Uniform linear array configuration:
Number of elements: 16
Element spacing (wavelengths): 0.5
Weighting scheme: kaiser
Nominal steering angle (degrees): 60
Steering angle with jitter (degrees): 61.651
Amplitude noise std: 0.05
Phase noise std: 0.05

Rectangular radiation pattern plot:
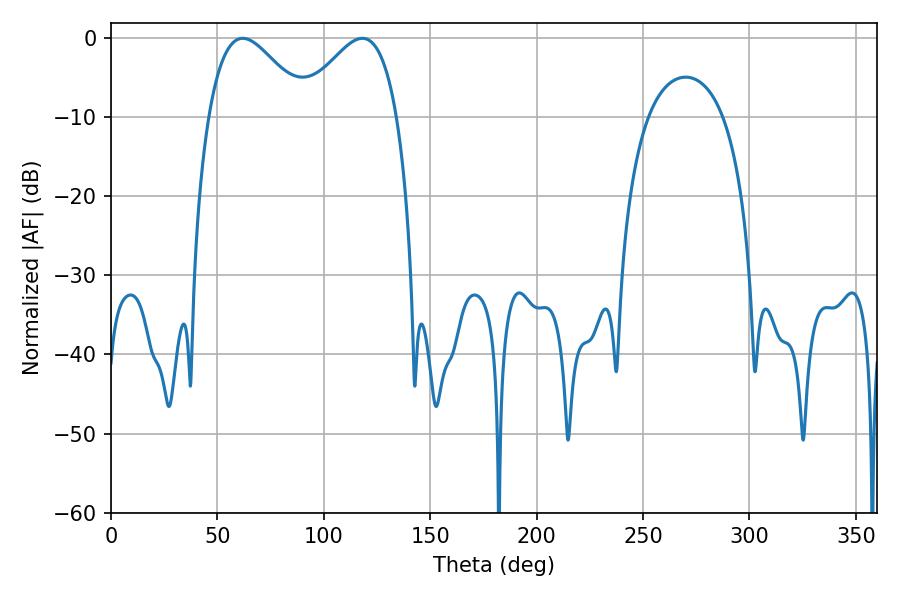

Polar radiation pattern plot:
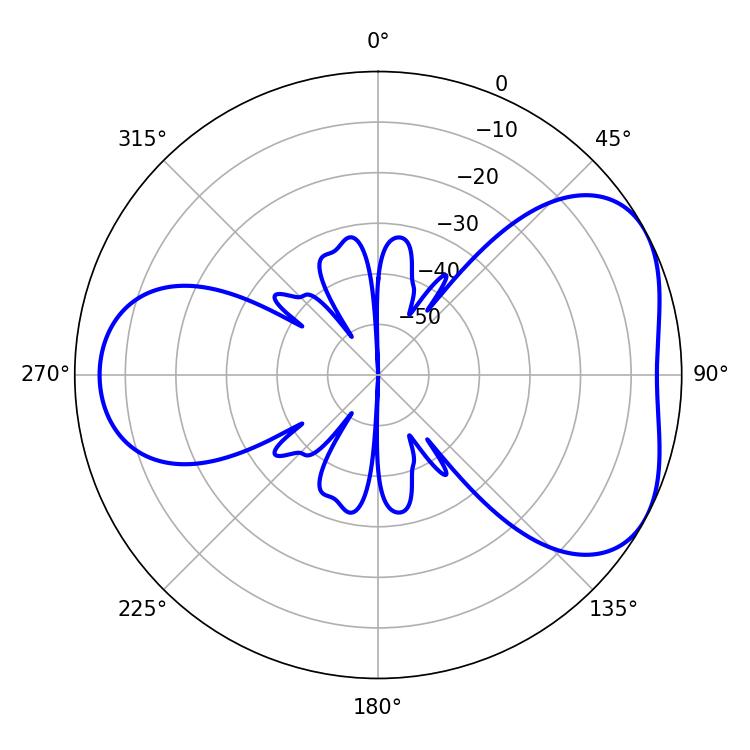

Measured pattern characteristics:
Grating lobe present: FALSE
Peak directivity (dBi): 4.653
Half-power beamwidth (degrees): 24.84
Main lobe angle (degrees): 61.92